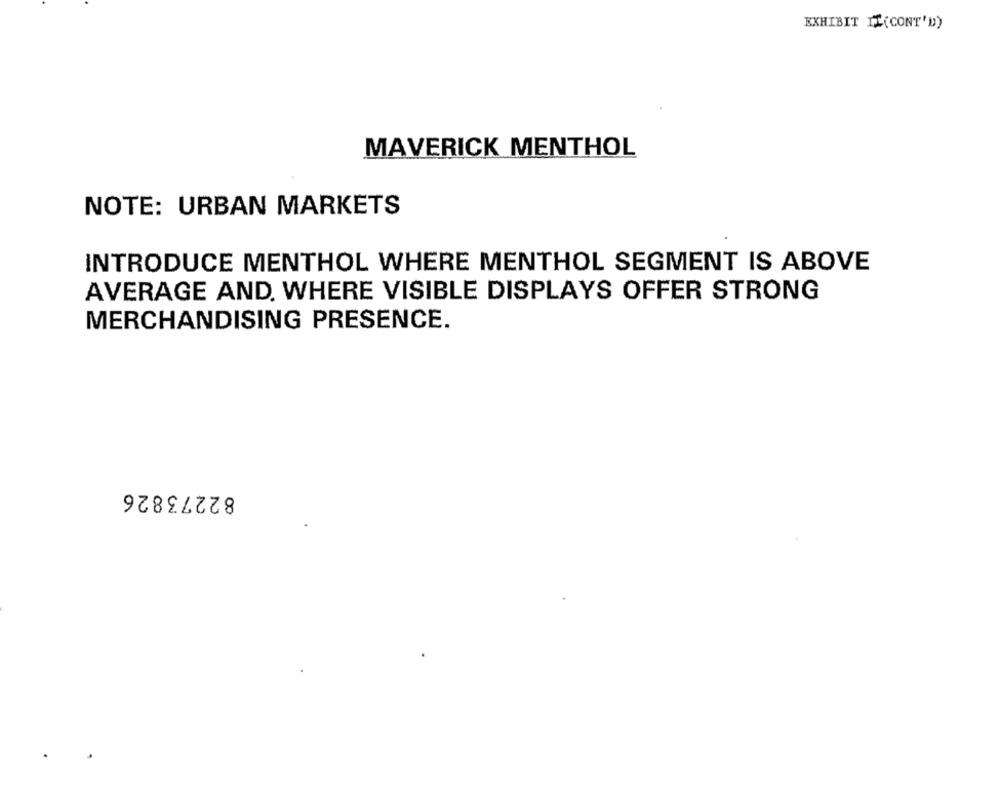
EXHIBIT IL(CONT'D)
MAVERICK MENTHOL
NOTE: URBAN MARKETS
INTRODUCE MENTHOL WHERE MENTHOL SEGMENT IS ABOVE
AVERAGE AND. WHERE VISIBLE DISPLAYS OFFER STRONG
MERCHANDISING PRESENCE.
82273826